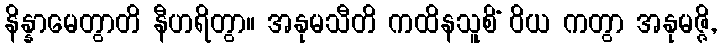
နိန္နာမေတွာတိ နီဟရိတွာ။ အနုမသီတိ ကထိနသူစိံ ဝိယ ကတွာ အနုမဇ္ဇိ,